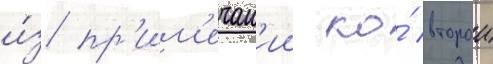
и́з пр'им'ечан'ии ко́ второи